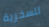
للسخرية